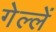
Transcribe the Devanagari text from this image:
गेल्लें